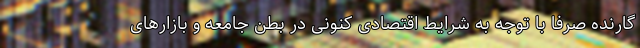
گارنده صرفا با توجه به شرایط اقتصادی کنونی در بطن جامعه و بازارهای